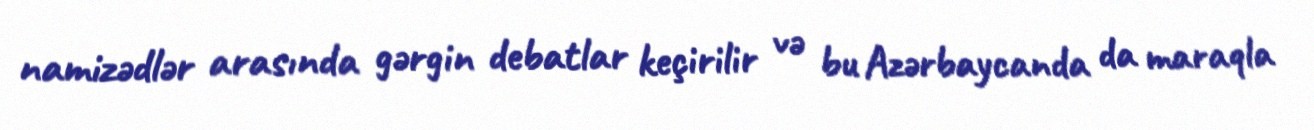
namizədlər arasında gərgin debatlar keçirilir və bu Azərbaycanda da maraqla